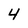
Character: 4